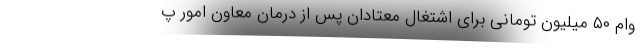
وام ۵۰ میلیون تومانی برای اشتغال معتادان پس از درمان معاون امور پ